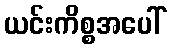
ယင်းကိစ္စအပေါ်